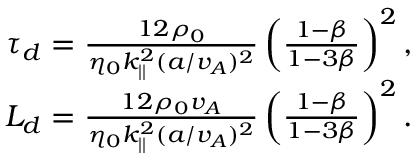
\begin{array} { r } { \tau _ { d } = \frac { 1 2 \rho _ { 0 } } { \eta _ { 0 } k _ { | | } ^ { 2 } ( a / v _ { A } ) ^ { 2 } } \left( \frac { 1 - \beta } { 1 - 3 \beta } \right) ^ { 2 } , } \\ { L _ { d } = \frac { 1 2 \rho _ { 0 } v _ { A } } { \eta _ { 0 } k _ { | | } ^ { 2 } ( a / v _ { A } ) ^ { 2 } } \left( \frac { 1 - \beta } { 1 - 3 \beta } \right) ^ { 2 } . } \end{array}